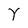
Character: Y